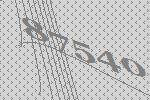
87540